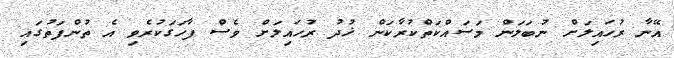
އޭނާ ރުހައިލަށް ނުބަލަން މަސައްކަތްކުރާކަން ޚުދު ރުހައިލަށް ވެސް ފާހަގަކުރެވި އެ ތުންފަތުގައި